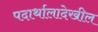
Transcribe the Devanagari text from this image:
पदार्थालादेखील